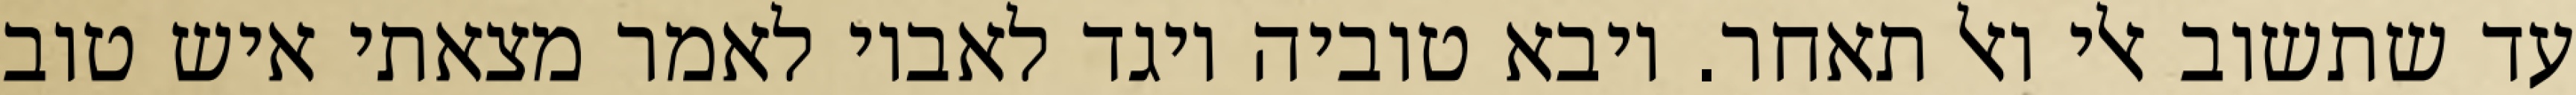
עד שתשוב אלי ואל תאחר. ויבא טוביה ויגד לאביו לאמר מצאתי איש טוב